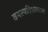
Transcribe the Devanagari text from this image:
वनस्पतिशास्त्रावर